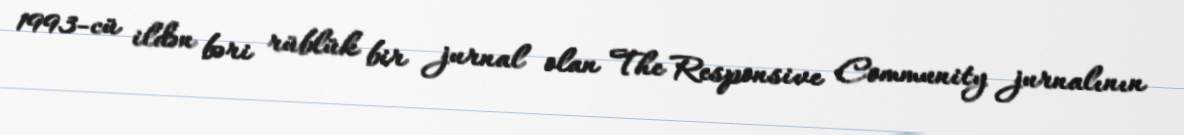
1993-cü ildən bəri rüblük bir jurnal olan The Responsive Community jurnalının